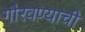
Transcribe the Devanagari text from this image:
गौरवण्याची